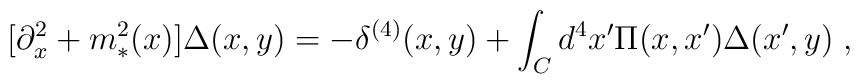
\big[\partial_x^2 + m_*^2(x)\big] \Delta (x,y) = -\delta^{(4)}(x,y) + \int_C d^4x' \Pi(x,x')\Delta(x',y) \;,